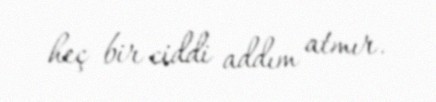
heç bir ciddi addım atmır.